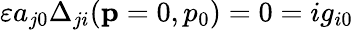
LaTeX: \varepsilon a_{j0}\Delta_{ji}(\mathbf{p}=0,p_{0})=0=ig_{i0}